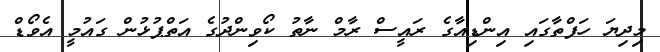
މިދިޔަ ހަފްތާގައި އިންޑިއާގެ ރައީސް ރާމް ނާތު ކޯވިންދުގެ އަތްޕުޅުން ގައުމީ އެވޯޑް